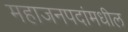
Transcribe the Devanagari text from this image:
महाजनपदांमधील